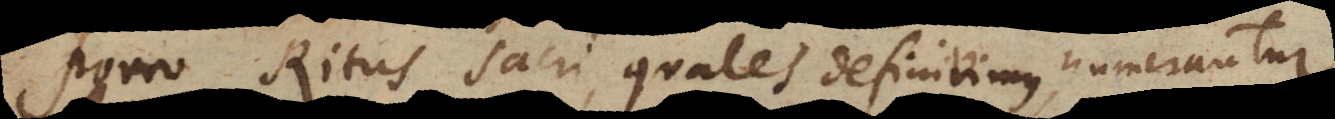
Porro Ritus Sacri, quales definivimus, numerantur